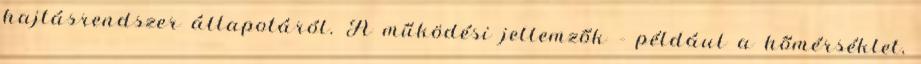
hajtásrendszer állapotáról. A működési jellemzők – például a hőmérséklet,